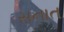
સનાત